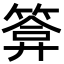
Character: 𮅫